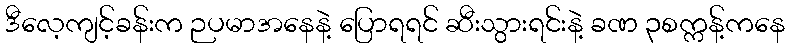
ဒီလေ့ကျင့်ခန်းက ဉပမာအနေနဲ့ ပြောရရင် ဆီးသွားရင်းနဲ့ ခဏ ၃စက္ကန့်ကနေ